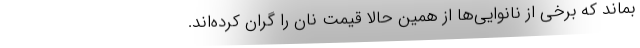
بماند که برخی از نانوایی‌ها از همین حالا قیمت نان را گران کرده‌اند.